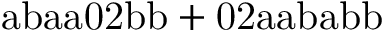
\mathrm { a b a a 0 2 b b + 0 2 a a b a b b }